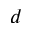
d